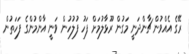
ރޭގެ އެއްވުން ޗާންދަނީ މަގުން ރޫޅާލުމަށް ފަހު ފުލުހުން ވަނީ އާންމުންގެ ފަހަތުން